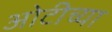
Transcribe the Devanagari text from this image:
ओटीच्या